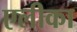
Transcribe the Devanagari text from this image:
एलीका